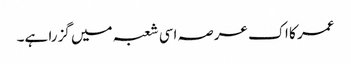
عمر کا اک عرصہ اسی شعبہ میں گزرا ہے۔